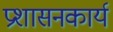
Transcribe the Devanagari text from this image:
प्रशासनकार्य